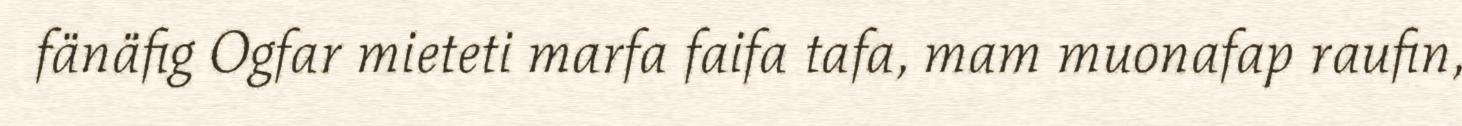
fänäfig Ogfar mieteti marfa faifa tafa, mam muonafap raufin,